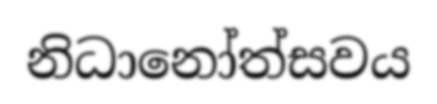
නිධානෝත්සවය